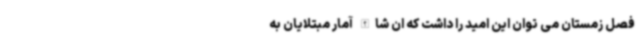
فصل زمستان می توان این امید را داشت که ان شاالله آمار مبتلایان به